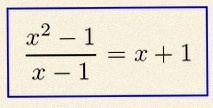
\frac{x^2-1}{x-1}=x+1